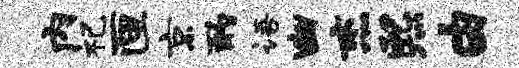
内祀匣京酌语幽杰熙由